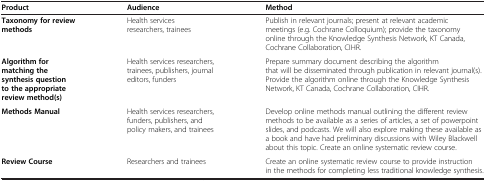
| Product | Audience | Method |
 | --- | --- | --- |
 | Taxonomy for review methods | Health services researchers, trainees | Publish in relevant journals; present at relevant academic meetings (e.g. Cochrane Colloquium); provide the taxonomy online through the Knowledge Synthesis Network, KT Canada, Cochrane Collaboration, CIHR. |
 | Algorithm for matching the synthesis question to the appropriate review method(s) | Health services researchers, trainees, publishers, journal editors, funders | Prepare summary document describing the algorithm that will be disseminated through publication in relevant journal(s). Provide the algorithm online through the Knowledge Synthesis Network, KT Canada, Cochrane Collaboration, CIHR. |
 | Methods Manual | Health services researchers, funders, publishers, and policy makers, and trainees | Develop online methods manual outlining the different review methods to be available as a series of articles, a set of powerpoint slides, and podcasts. We will also explore making these available as a book and have had preliminary discussions with Wiley Blackwell about this topic. Create an online systematic review course. |
 | Review Course | Researchers and trainees | Create an online systematic review course to provide instruction in the methods for completing less traditional knowledge synthesis. |